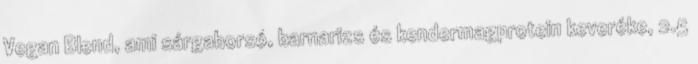
Vegan Blend, ami sárgaborsó, barnarizs és kendermagprotein keveréke, 2.5